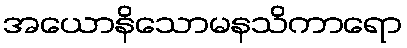
အယောနိသောမနသိကာရော